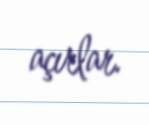
açırlar.